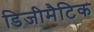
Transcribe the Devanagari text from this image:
डिजीमैटिक